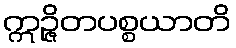
ဣဉ္ဇိတပစ္စယာတိ